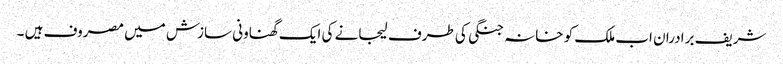
شریف برادران اب ملک کو خانہ جنگی کی طرف لیجانے کی ایک گھناونی سازش میں مصروف ہیں ۔